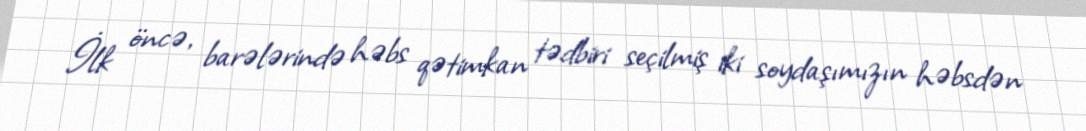
İlk öncə, barələrində həbs qətimkan tədbiri seçilmiş iki soydaşımızın həbsdən